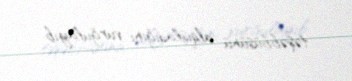
təşəbbüsünü alqışladığını vurğulayıb.